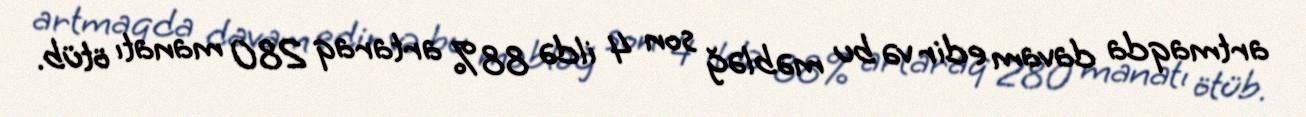
artmaqda davam edir və bu məbləğ son 4 ildə 88% artaraq 280 manatı ötüb.